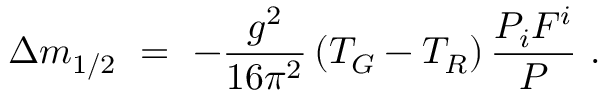
\Delta m _ { 1 / 2 } \ = \ - \frac { g ^ { 2 } } { 1 6 \pi ^ { 2 } } \, ( T _ { G } - T _ { R } ) \, \frac { P _ { i } F ^ { i } } { P } ~ .